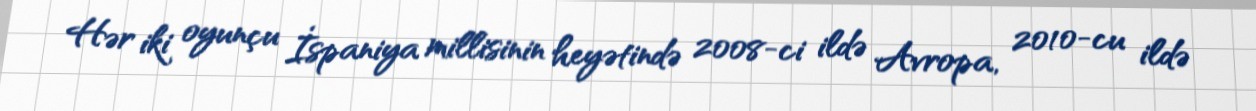
Hər iki oyunçu İspaniya millisinin heyətində 2008-ci ildə Avropa, 2010-cu ildə